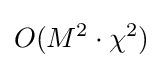
{O}(M^{2}\cdot \chi ^{2})